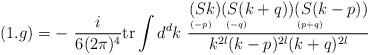
LaTeX: \begin{align*}(1.g) = -\ \frac{i}{6(2\pi)^4} \mbox{tr} \int d^dk\ \frac{\stackrel{\displaystyle (Sk)}{\scriptscriptstyle (-p)\phantom{+}}\stackrel{\displaystyle (S(k+q))}{\scriptscriptstyle (-q)\phantom{+qqqqqqq}}\stackrel{\displaystyle (S(k-p))}{\scriptscriptstyle (p+q)\phantom{+qqqqqqq}}}{k^{2l}(k-p)^{2l} (k+q)^{2l}}\end{align*}